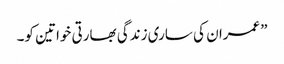
”عمران کی ساری زندگی بھارتی خواتین کو۔